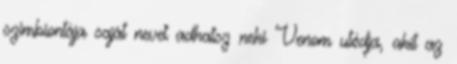
szimbiontája saját nevet adhatsz neki Venom utódja, akit az